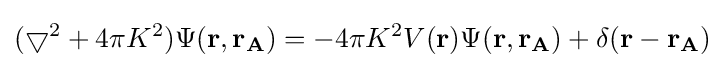
(\bigtriangledown ^{2}+4\pi K^{2})\Psi (\mathbf {r,r_{A}} )=-4\pi K^{2}V(\mathbf {r} )\Psi (\mathbf {r,r_{A}} )+\delta (\mathbf {r-r_{A}} )